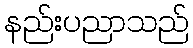
နည်းပညာသည်